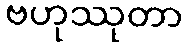
ဗဟုဿုတာ